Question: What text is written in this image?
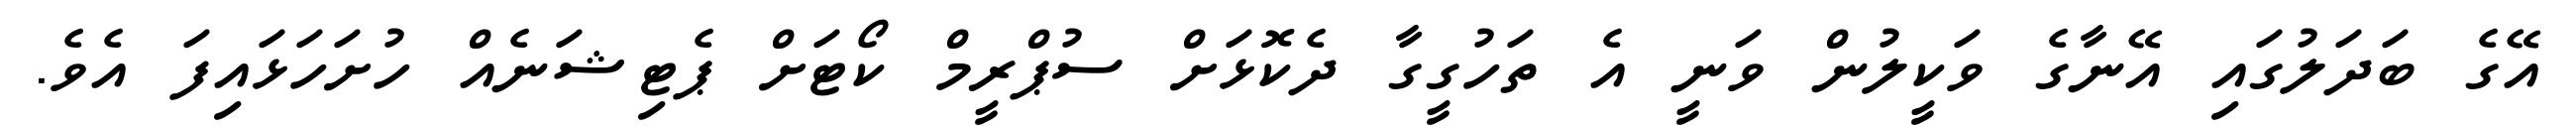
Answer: އޭގެ ބަދަލުގައި އޭނާގެ ވަކީލުން ވަނީ އެ ތަހުގީގާ ދެކޮޅަށް ސުޕްރީމް ކޯޓަށް ޕެޓިޝަނެއް ހުށަހަޅައިފަ އެވެ.